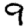
Digit: 9